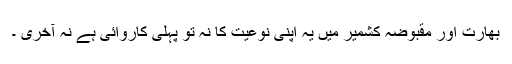
بھارت اور مقبوضہ کشمیر میں یہ اپنی نوعیت کا نہ تو پہلی کاروائی ہے نہ آخری ۔